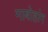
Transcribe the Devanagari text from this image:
माबोहांग